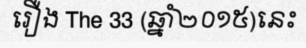
រឿង The 33 (ឆ្នាំ២០១៥)នេះ